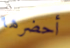
أحضرها